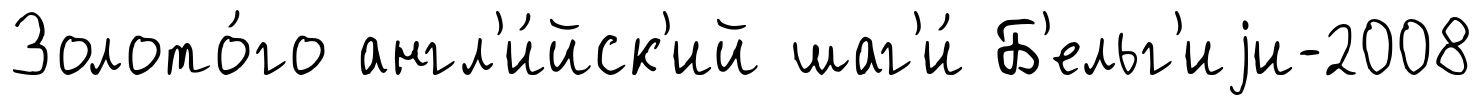
Золото́го англ'и́йск'ий шаг'и́ Б'ельг'иjи-2008